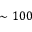
\sim 1 0 0